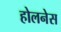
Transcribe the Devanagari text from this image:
होलनेस